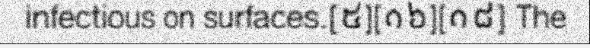
infectious on surfaces.[៥][១៦][១៨] The